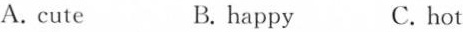
A. cute B.happy C. hot